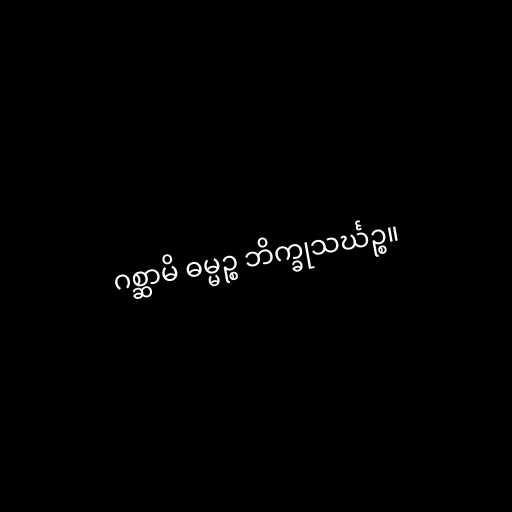
ဂစ္ဆာမိ ဓမ္မဉ္စ ဘိက္ခုသင်္ဃဉ္စ။